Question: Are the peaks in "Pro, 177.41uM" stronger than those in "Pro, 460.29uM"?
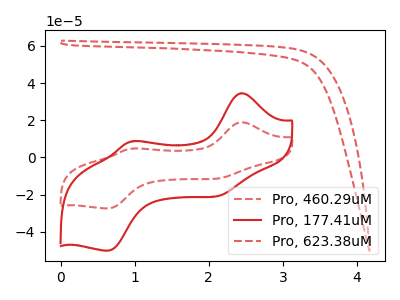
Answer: <think>The red dashed curve "Pro, 460.29uM" has anodic peaks at (2.45V, 18.90uA) (1.00V, 4.80uA) and cathodic peaks at (2.20V, -11.05uA) (0.65V, -27.40uA). The red curve "Pro, 177.41uM" has anodic peaks at (2.45V, 34.55uA) (1.00V, 8.75uA) and cathodic peaks at (2.20V, -20.15uA) (0.65V, -50.15uA). The red dashed curve "Pro, 623.38uM" has no peaks.</think>
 <answer>Every peak in "Pro, 177.41uM" is higher than every peak in "Pro, 460.29uM".</answer>
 <eval>higher</eval>